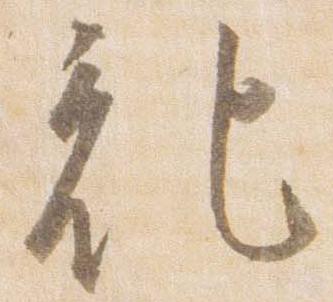
記